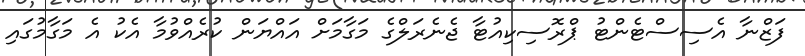
ފަޒްނާ އެސިސްޓެންޓު ޕްރޮސިކިއުޓާ ޖެނެރަލްގެ މަގާމަށް އައްޔަން ކުރެއްވުމާ އެކު އެ މަގާމުގައި